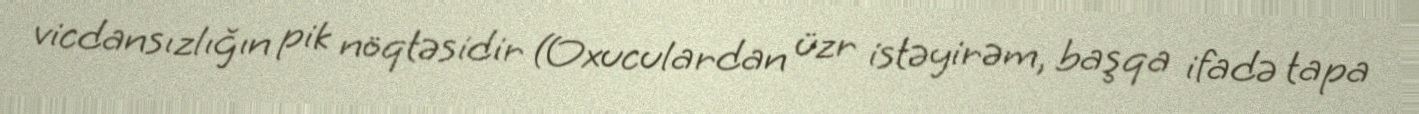
vicdansızlığın pik nöqtəsidir (Oxuculardan üzr istəyirəm, başqa ifadə tapa